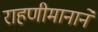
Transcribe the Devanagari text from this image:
राहणीमानाने